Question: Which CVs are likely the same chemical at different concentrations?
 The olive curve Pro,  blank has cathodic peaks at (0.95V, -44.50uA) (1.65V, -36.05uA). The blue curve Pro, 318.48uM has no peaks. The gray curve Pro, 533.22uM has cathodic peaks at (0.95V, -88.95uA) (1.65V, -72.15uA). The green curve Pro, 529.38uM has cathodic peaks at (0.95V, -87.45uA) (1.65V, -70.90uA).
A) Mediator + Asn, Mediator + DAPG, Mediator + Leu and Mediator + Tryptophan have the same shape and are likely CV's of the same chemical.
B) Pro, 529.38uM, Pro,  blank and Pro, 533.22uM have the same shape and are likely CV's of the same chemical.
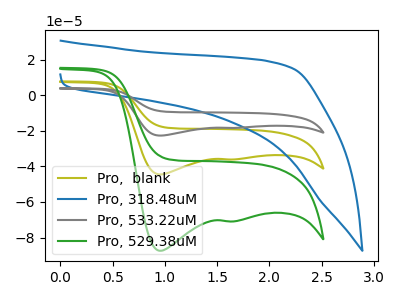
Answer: <think>"Pro,  blank" and "Pro, 318.48uM" have a different number of peaks. All the peaks in "Pro,  blank" have a peak in "Pro, 533.22uM" at the same potential. Every peak in "Pro,  blank" is lower than every peak in "Pro, 533.22uM". All the peaks in "Pro,  blank" have a peak in "Pro, 529.38uM" at the same potential. Every peak in "Pro,  blank" is lower than every peak in "Pro, 529.38uM". "Pro, 318.48uM" and "Pro, 533.22uM" have a different number of peaks. "Pro, 318.48uM" and "Pro, 529.38uM" have a different number of peaks. All the peaks in "Pro, 533.22uM" have a peak in "Pro, 529.38uM" at the same potential. Every peak in "Pro, 533.22uM" is higher than every peak in "Pro, 529.38uM".
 </think>
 <answer>B) "Pro, 529.38uM", "Pro,  blank" and "Pro, 533.22uM" have the same shape and are likely CV's of the same chemical.</answer>
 <eval>B</eval>